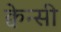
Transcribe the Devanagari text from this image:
क्वेन्सी